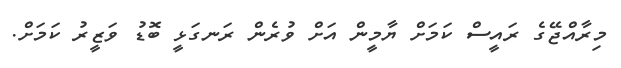
މިރާއްޖޭގެ ރައީސް ކަމަށް ޔާމީން އަށް ވުރެން ރަނގަޅީ ބޮޑު ވަޒީރު ކަމަށް.